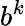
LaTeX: b^{k}